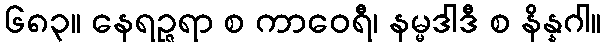
၆၈၃။ နေရဉ္ဇရာ စ ကာဝေရီ၊ နမ္မဒါဒီ စ နိန္နဂါ။